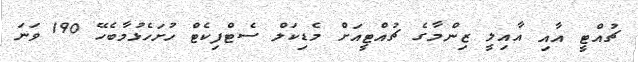
ޗުއްޓީ އާއި އާއިލީ ޒިންމާގެ ޗުއްޓީއަށް މެޑިކަލް ސެޓްފިކެޓް ހުށަހެޅުމާބެހޭ 190 ވަނަ